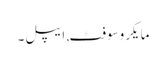
مایکروسوفٹ, ایپل۔